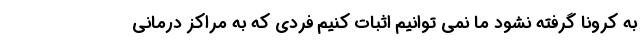
به کرونا گرفته نشود ما نمی توانیم اثبات کنیم فردی که به مراکز درمانی